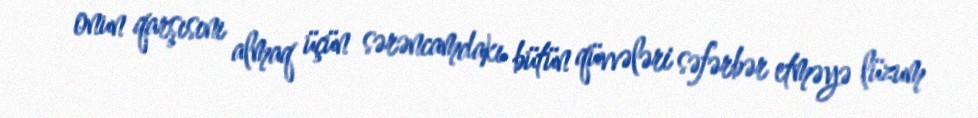
onun qarşısını almaq üçün sərəncamdakı bütün qüvvələri səfərbər etməyə lüzum